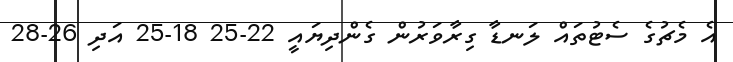
އެ މެޗުގެ ސެޓުތައް ލަނޑާ ގިރާވަރުން ގެންދިޔައީ 22-25 18-25 އަދި 26-28